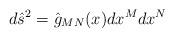
LaTeX: \begin{align*}d{\hat s}^{2}={\hat g}_{MN}(x)dx^{M}dx^{N}\end{align*}